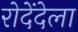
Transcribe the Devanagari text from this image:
रोदेंदेला